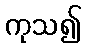
ကုသ၍